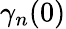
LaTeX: \gamma_{n}(0)